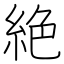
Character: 絶